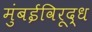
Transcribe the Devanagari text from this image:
मुंबईविरूद्ध